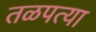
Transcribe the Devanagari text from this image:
तळपत्या